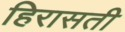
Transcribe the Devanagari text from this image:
हिरासती